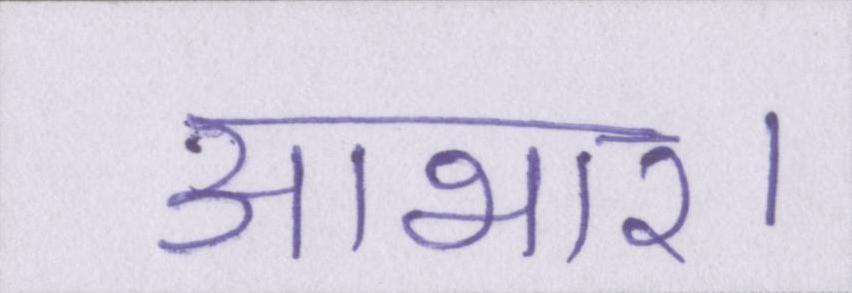
आभार।